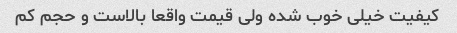
کیفیت خیلی خوب شده ولی قیمت واقعا بالاست و حجم کم